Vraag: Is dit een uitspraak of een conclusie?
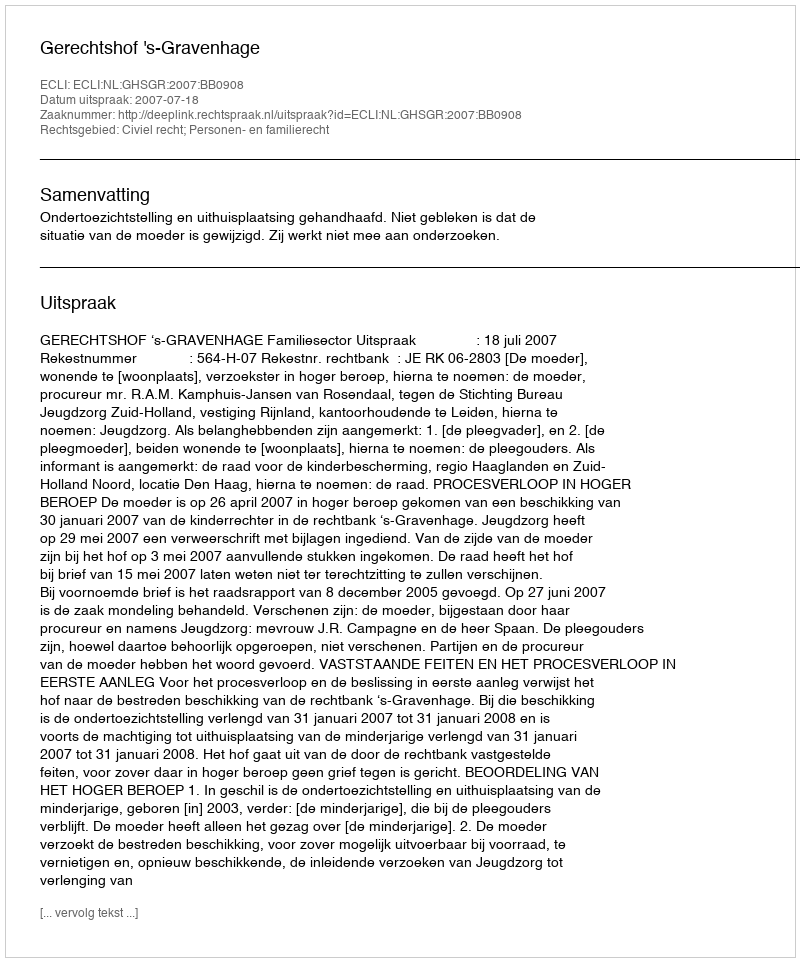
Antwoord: Uitspraak